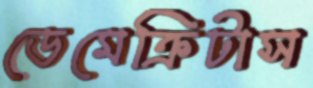
ডেমেক্রিটাস